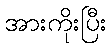
အားကိုးပြီး